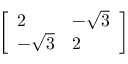
\left[ { \begin{array} { l l } { 2 } & { - { \sqrt { 3 } } } \\ { - { \sqrt { 3 } } } & { 2 } \end{array} } \right]